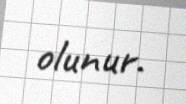
olunur.